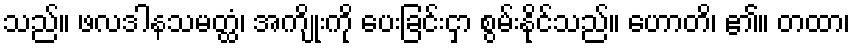
သည်။ ဖလဒါနသမတ္ထံ၊ အကျိုးကို ပေးခြင်းငှာ စွမ်းနိုင်သည်။ ဟောတိ၊ ၏။ တထာ၊